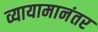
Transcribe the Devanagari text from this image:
व्यायामानंतर